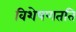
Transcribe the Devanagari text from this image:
विशेषणतति